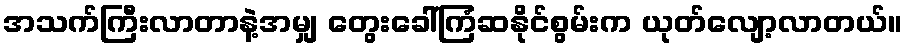
အသက်ကြီးလာတာနဲ့အမျှ တွေးခေါ်ကြံဆနိုင်စွမ်းက ယုတ်လျော့လာတယ်။